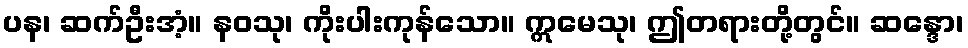
ပန၊ ဆက်ဦးအံ့။ နဝသု၊ ကိုးပါးကုန်သော။ ဣမေသု၊ ဤတရားတို့တွင်။ ဆန္ဒော၊